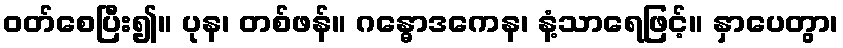
ဝတ်စေပြီး၍။ ပုန၊ တစ်ဖန်။ ဂန္ဓောဒကေန၊ နံ့သာရေဖြင့်။ နှာပေတွာ၊